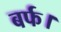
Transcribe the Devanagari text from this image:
बर्फ।